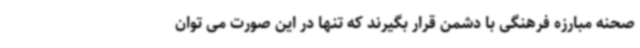
صحنه مبارزه فرهنگی با دشمن قرار بگیرند که تنها در این صورت می توان